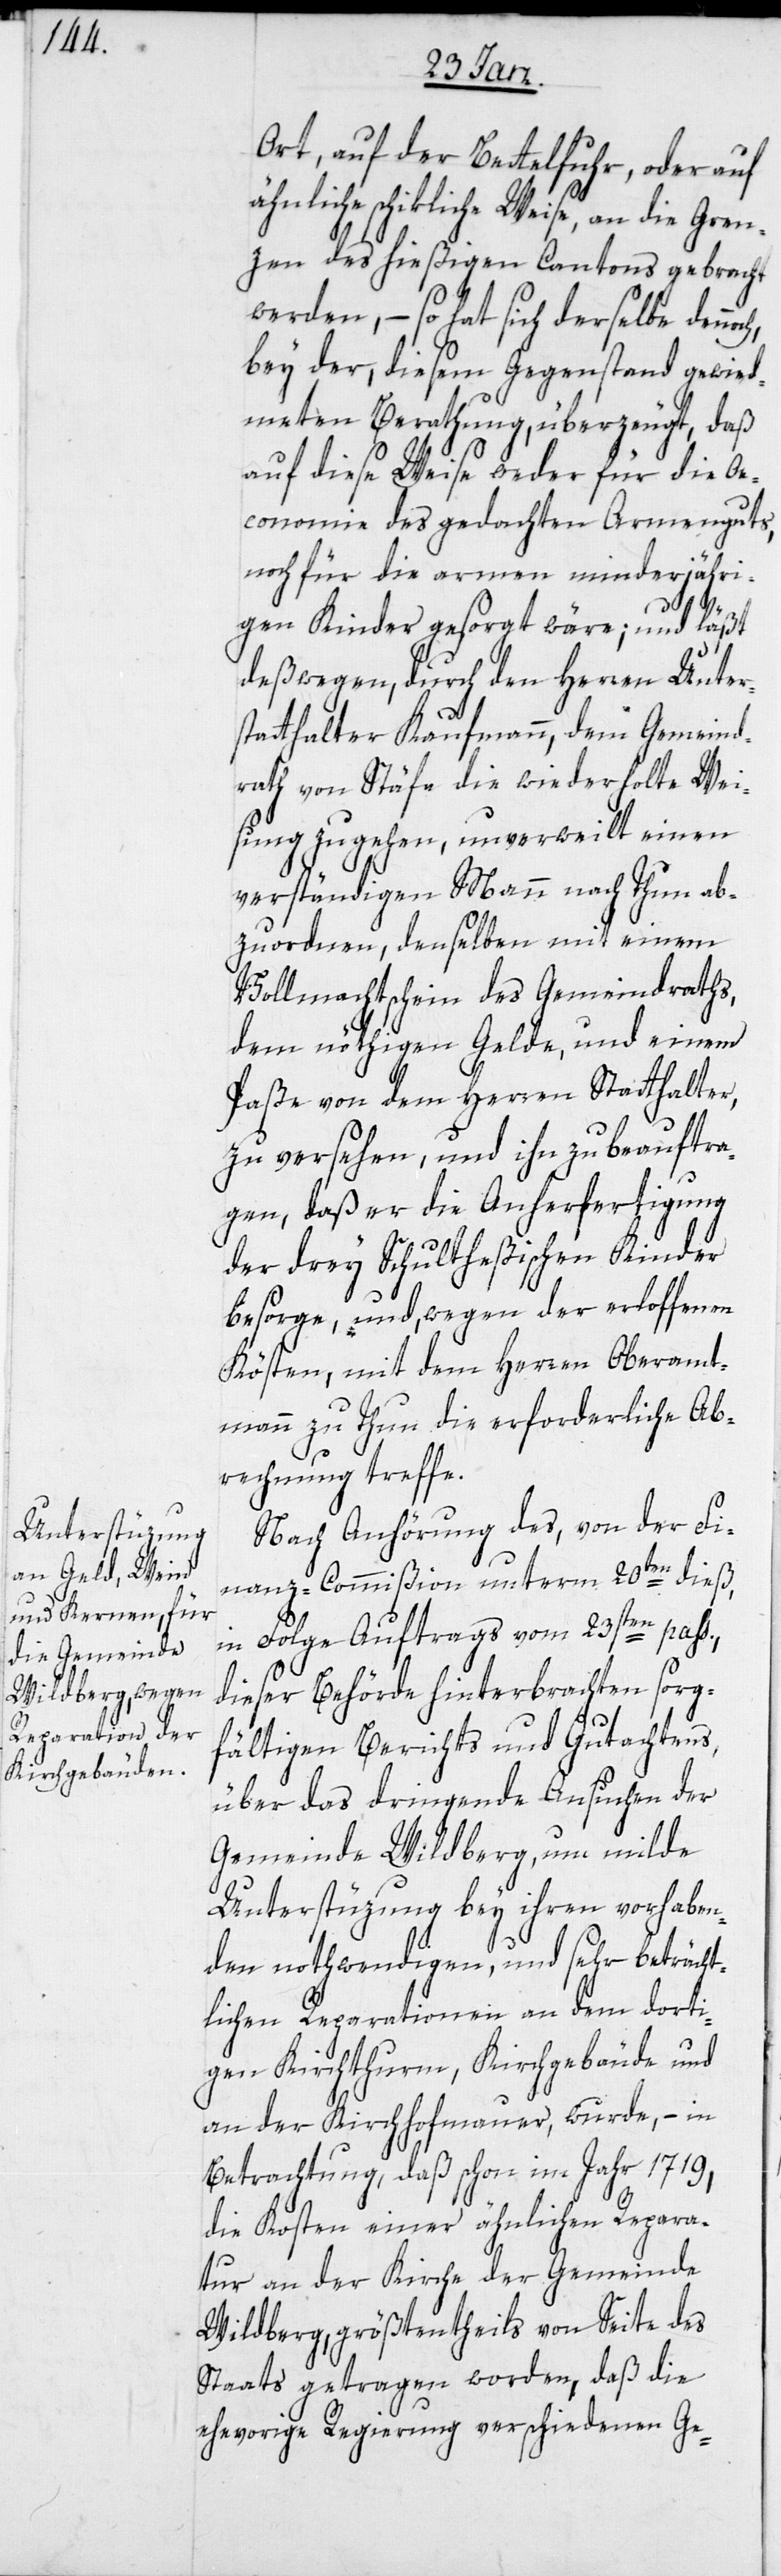
Ort, auf der Bettelfuhr, oder auf
ähnliche schikliche Weise, an die Gren¬
zen des hießigen Cantons gebracht
werden, – so hat sich derselbe den¬
bey der, diesem Gegenstand gewid¬
meten Berathung, überzeugt, daß
auf diese Weise weder für die Oe¬
conomie des gedachten Armenguts,
noch für die armen minderjähri¬
noch,
gen Kinder gesorgt wäre; und läßt
deßwegen, durch den Herren Unter¬
statthalter Kaufmann, dem Gemeind¬
rath von Stäfa die wiederholte Wei¬
sung zugehen, unverweilt einen
verständigen Mann nach Thun ab¬
zuordnen, denselben mit einem
Vollmachtschein des Gemeindraths,
dem nöthigen Gelde, und einem
Paße von dem Herren Statthalter,
zu versehen, und ihn zu beauftra¬
gen, daß er die Ausfertigung
der drey Schultheßischen Kinder
besorge, und, wegen der erloffenen
Kösten, mit dem Herren Oberamt¬
mann zu Thun, die erforderliche Ab¬
rechnung treffe.
Nach Anhörung des, von der Fi¬
nanz-Commißion unterm 20sten dieß,
in Folge Auftrags vom 23sten pass.,
dieser Behörde hinterbrachten sorg¬
fältigen Berichts und Gutachtens,
über das dringende Ansuchen der
Gemeinde Wildberg, um milde
Unterstüzung bey ihren vorhaben¬
den nothwendigen, und sehr beträcht¬
lichen Reparationen an dem dorti¬
gen Kirchthurm, Kirchgebäude und
an der Kirchhofmauer, wurde, – in
Betrachtung, daß schon im Jahr 1719,
die Kosten einer ähnlichen Repara¬
tur an der Kirche der Gemeinde
Wildberg, größtentheils von Seite des
Staats getragen worden, daß die
ehevorige Regierung verschiedenen Ge-